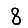
Digit: 8